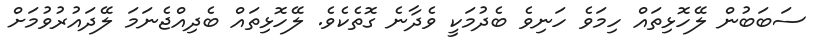
ސަބަބުން ލޭހޮޅިތައް ހިމަވެ ހަނިވެ ބެދުމަކީ ވެދާނެ ގޮތެކެވެ. ލޭހޮޅިތައް ބެދިއްޖެނަމަ ލޭދައުރުވުމަށް